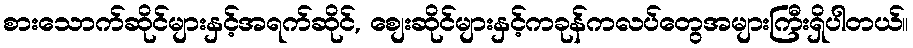
စားသောက်ဆိုင်များနှင့်အရက်ဆိုင်, စျေးဆိုင်များနှင့်ကခုန်ကလပ်တွေအများကြီးရှိပါတယ်။